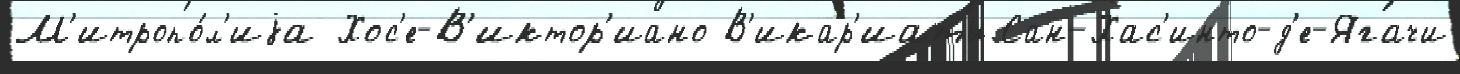
М'итропо́л'иjа Хос'е-В'иктор'иано В'икар'иаты Сан-Хас'инто-д'е-Ягачи